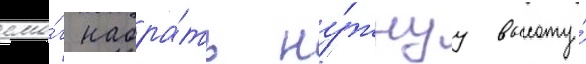
смо́г набра́ть ну́жнуу высоту́